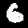
Label: 6